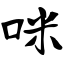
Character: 咪